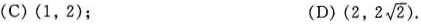
(C)(1，2); (D)(2,2 \sqrt{2}).